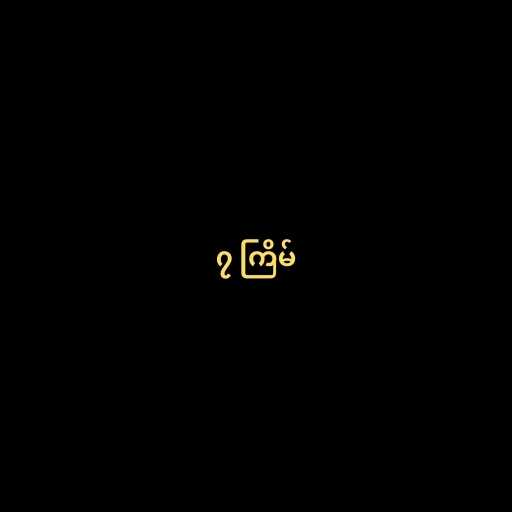
၇ ကြိမ်